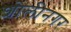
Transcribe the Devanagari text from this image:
शोलीनगर